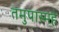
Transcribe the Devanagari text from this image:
तमुपास्महे